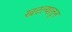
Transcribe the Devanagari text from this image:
खटल्यातून